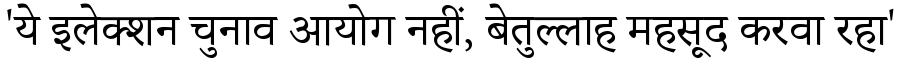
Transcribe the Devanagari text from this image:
'ये इलेक्शन चुनाव आयोग नहीं, बेतुल्लाह महसूद करवा रहा'